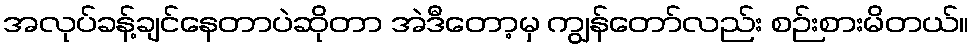
အလုပ်ခန့်ချင်နေတာပဲဆိုတာ အဲဒီတော့မှ ကျွန်တော်လည်း စဉ်းစားမိတယ်။